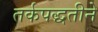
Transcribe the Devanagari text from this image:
तर्कपद्धतीने